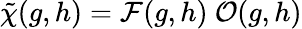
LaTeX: \tilde{\chi}(g,h)={\cal F}(g,h)\ {\cal O}(g,h)